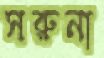
সরুনা